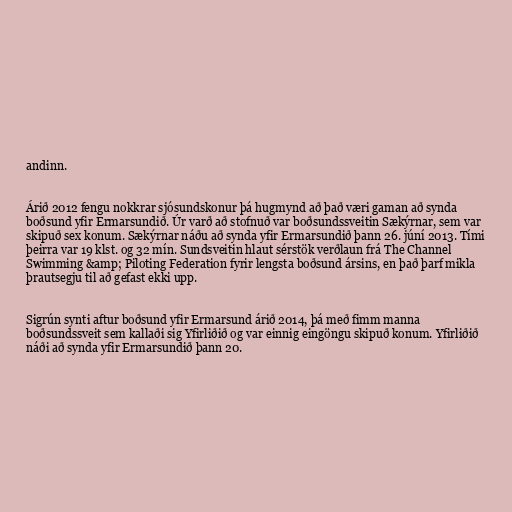
andinn.

Árið 2012 fengu nokkrar sjósundskonur þá hugmynd að það væri gaman að synda
boðsund yfir Ermarsundið. Úr varð að stofnuð var boðsundssveitin Sækýrnar, sem var
skipuð sex konum. Sækýrnar náðu að synda yfir Ermarsundið þann 26. júní 2013. Tími
þeirra var 19 klst. og 32 mín. Sundsveitin hlaut sérstök verðlaun frá The Channel
Swimming &amp; Piloting Federation fyrir lengsta boðsund ársins, en það þarf mikla
þrautsegju til að gefast ekki upp.

Sigrún synti aftur boðsund yfir Ermarsund árið 2014, þá með fimm manna
boðsundssveit sem kallaði sig Yfirliðið og var einnig eingöngu skipuð konum. Yfirliðið
náði að synda yfir Ermarsundið þann 20.